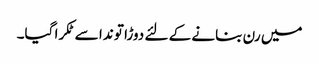
میں رن بنانے کے لئے دوڑا تو ندا سے ٹکرا گیا۔